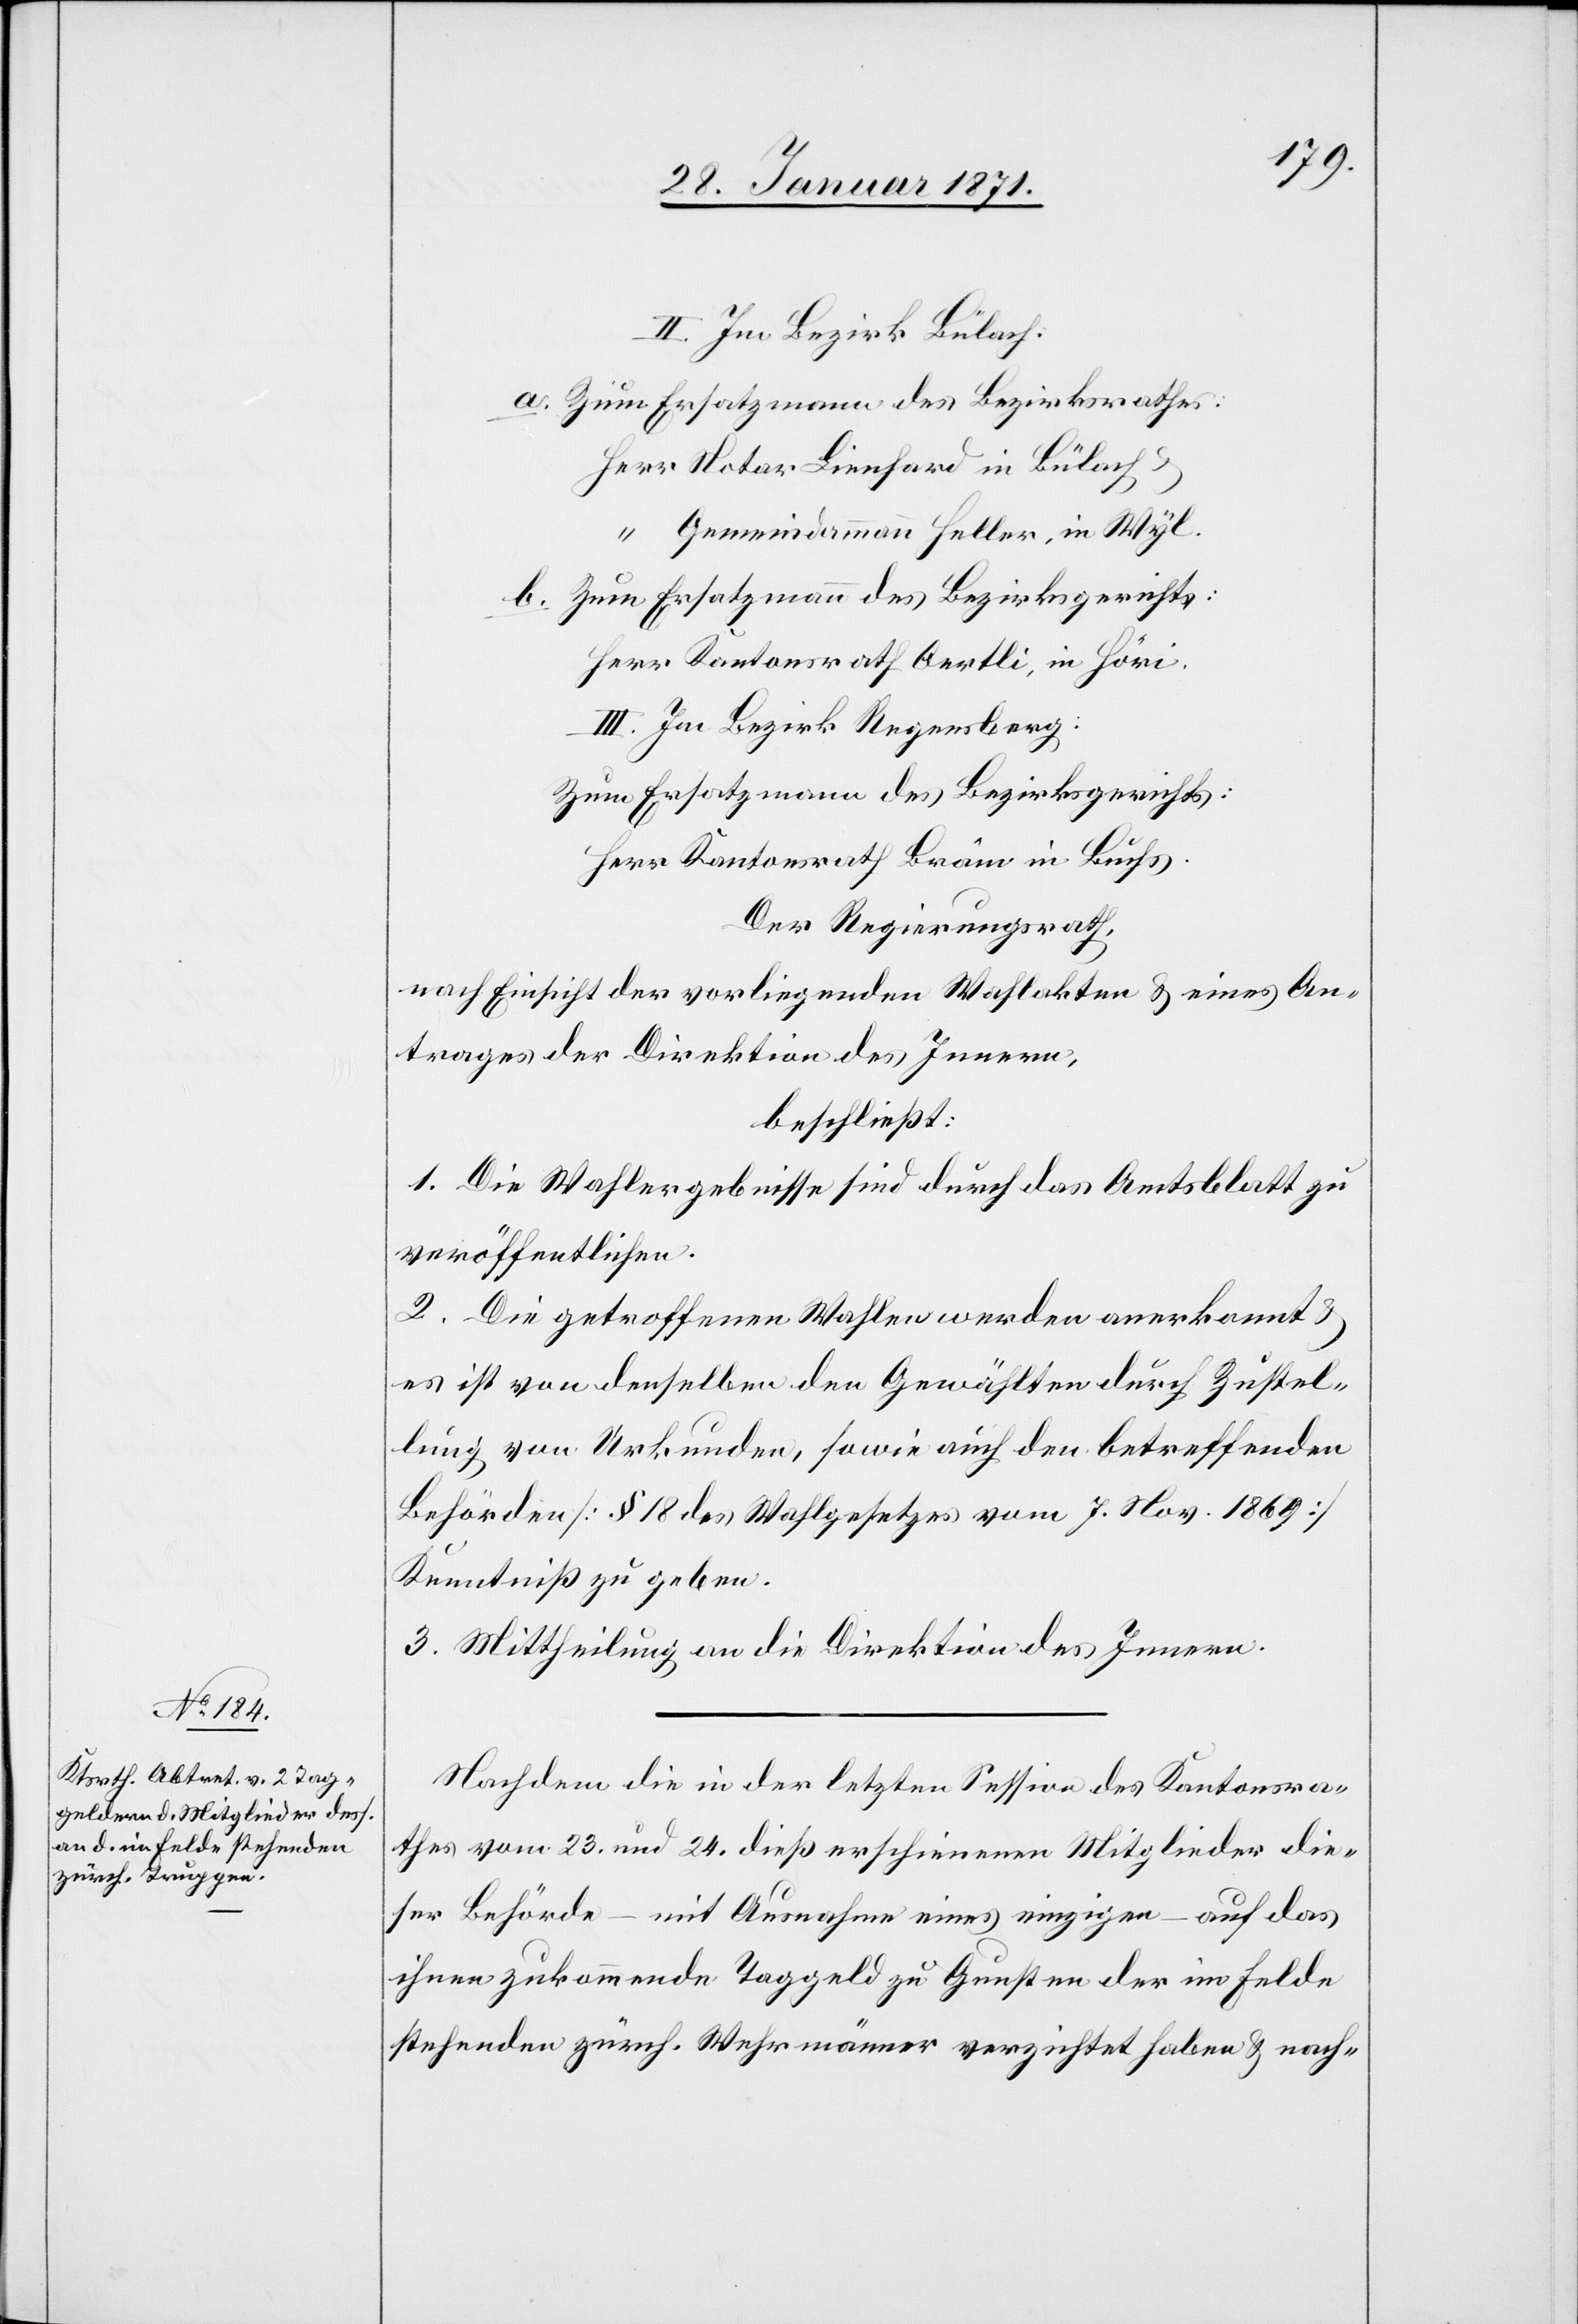
II. Im Bezirk Bülach:
a. Zum Ersatzmann des Bezirksrathes:
Herr Notar Lienhard in Bülach u.
“ Gemeindammann Heller, in Wyl.
b. Zum Ersatzmann des Bezirksgerichts:
Herr Kantonsrath Oertli, in Höri.
III. Im Bezirk Regensberg:
Zum Ersatzmann des Bezirksgerichts:
Herr Kantonsrath Bräm in Buchs
Der Regierungsrath,
nach Einsicht der vorliegenden Wahlakten u. eines An¬
trages der Direktion des Innern,
beschließt:
1. Die Wahlergebnisse sind durch das Amtsblatt zu
veröffentlichen.
2. Die getroffenen Wahlen werden anerkannt u.
es ist von denselben den Gewählten durch Zustel¬
lung von Urkunden, sowie auch den betreffenden
Behörden [§ 18 des Wahlgesetzes vom 7. Nov. 1869]
Kenntniß zu geben.
3. Mittheilung an die Direktion des Innern.
Nachdem die in der letzten Session des Kantonsra¬
thes vom 23. und 24. dieß erschienenen Mitglieder die¬
ser Behörde – mit Ausnahme eines einzigen – auf das
ihnen zukommende Taggeld zu Gunsten der im Felde
stehenden zürch. Wehrmänner verzichtet haben u. nach-